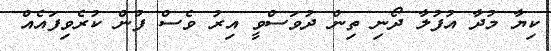
ކިޔާ މުދާ އުފުލާ ދޯނި ތިން ދުވަސްވީ އިރު ވެސް ފުން ކުރެވިފައެއް